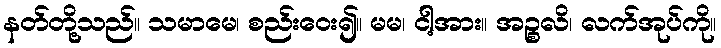
နတ်တို့သည်။ သမာမေ၊ စည်းဝေး၍။ မမ၊ ငါ့အား။ အဉ္စလိ၊ လက်အုပ်ကို။